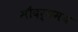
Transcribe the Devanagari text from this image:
सौंदर्यमय